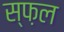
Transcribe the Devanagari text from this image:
स्फ़ल